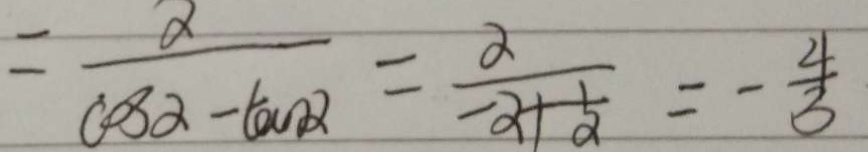
= \frac { \alpha } { \cos \alpha - \tan \alpha } = \frac { \alpha } { - \alpha + \frac { 1 } { \alpha } } = - \frac { 4 } { 3 }